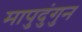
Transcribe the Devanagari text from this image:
मापुदुंगुन